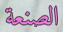
الصنعة